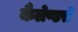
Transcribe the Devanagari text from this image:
कैलेण्डरों